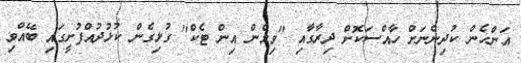
އަންހެން ކުދިންނަށް ހާއްސަކޮށް ދިރާގާއި "ވިމެން އިން ޓެކް" ގުޅިގެން ކުޅުދުއްފުށީގައި ބޭއްވި